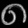
Digit: ၈